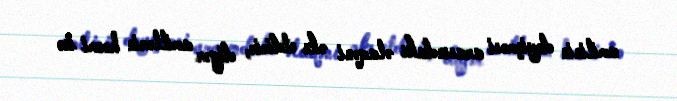
amilinin dəyişməsi arasındakı əlaqəni əks etdirir, digər amillərin həcmi isə